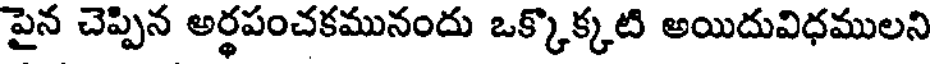
పైన చెప్పిన అర్థపంచకమునందు ఒక్కొక్కటి అయిదువిధములని